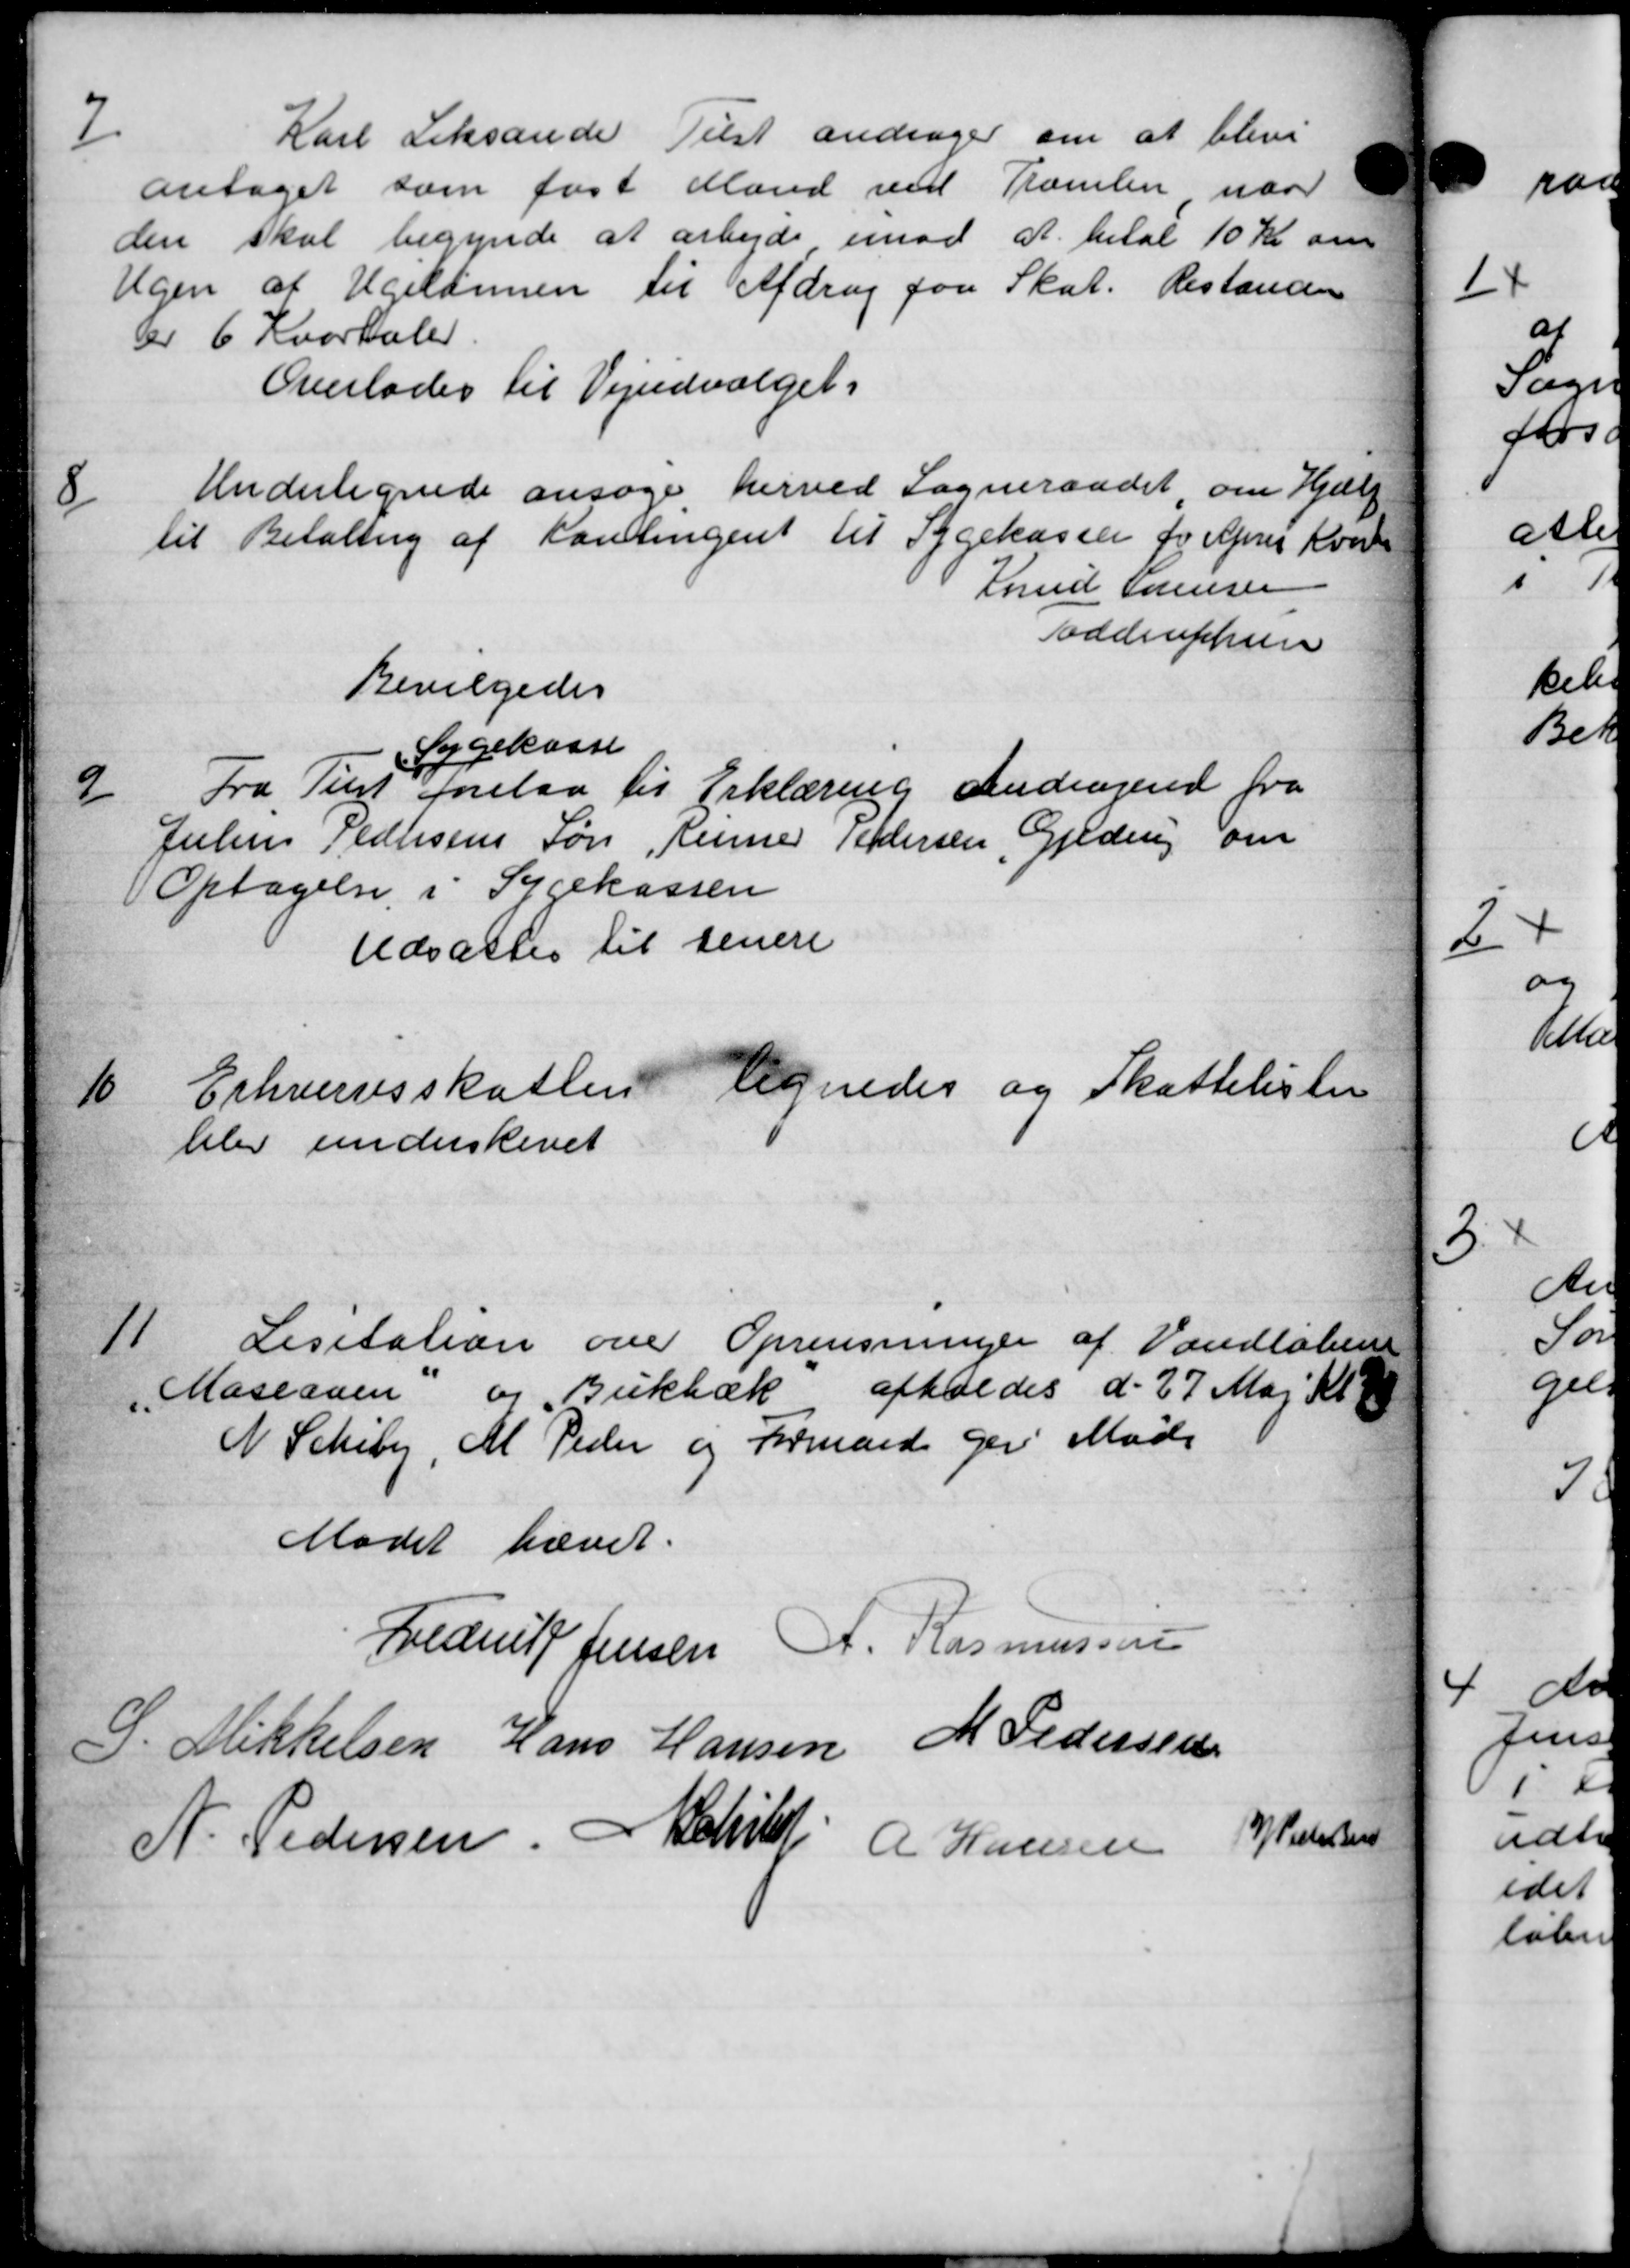
Transskription:
7
Karl Leksande Tilst andrager om at blive
antaget som fast Mand ved Tromlen naar
den skal begynde at arbejde imod at betal 10 Kr om
Ugen af Ugelden til Afdrag paa Skat. Restander
der 6 Kvartaler
Overlodes til Vejudvalget.
8
Undertegnede ansøge herved Sogneraadet om Hjælp
til Betaling af Kontingent til Sygekassen for April Kvar
Knud Sørensen
Toddruphin
Bevilgedes
Sygekasse
9/
Fra Tilst forelaa til Erklæring andragende fra
Julius Pedhsen Søn, Henner Petersen, Gjeding om
Optagelse i Sygekassen
Udsattes til senere
10
Erhvervsskatten Vegnedes og Skattelister
blev underskrevet
11
Lisitation over Oprensninger af Vandløben
Maseaven og Bukbæk afholdes d. 27 Maj Kl
N. Schiby, M Peder og Formand ger Møde
Mødet hævet.
Lederik Jensen A. Rasmussen
S. Mikkelsen Hans Hansen M Pedersen
N. Pedersen, Schiøtt A Hansen
H. Pedersen